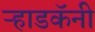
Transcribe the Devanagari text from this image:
ऱ्हाडकॅनी